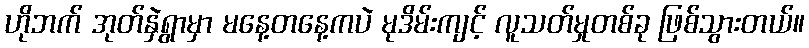
ဟိုဘက် အုတ်နှဲရွာမှာ မနေ့တနေ့ကပဲ မုဒိမ်းကျင့် လူသတ်မှုတစ်ခု ဖြစ်သွားတယ်။